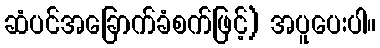
ဆံပင်အခြောက်ခံစက်ဖြင့်) အပူပေးပါ။